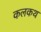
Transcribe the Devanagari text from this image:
कलकथ